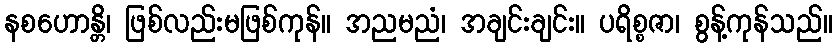
နစဟောန္တိ၊ ဖြစ်လည်းမဖြစ်ကုန်။ အညမညံ၊ အချင်းချင်း။ ပရိစ္စဇာ၊ စွန့်ကုန်သည်။